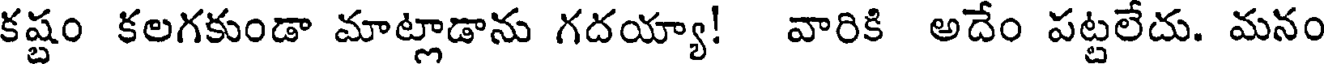
కష్టం కలగకుండా మాట్లాడాను గదయ్యా! వారికి అదేం పట్టలేదు. మనం